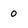
Character: o